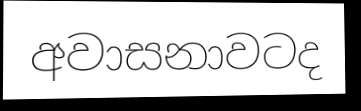
අවාසනාවටද